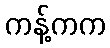
ကန့်ကက